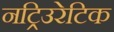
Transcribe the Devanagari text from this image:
नट्रिउरेटिक